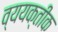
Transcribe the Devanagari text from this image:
व्ययक्तीक